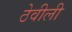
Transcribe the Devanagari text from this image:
ठेवीली